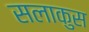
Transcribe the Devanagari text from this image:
सलाकुस